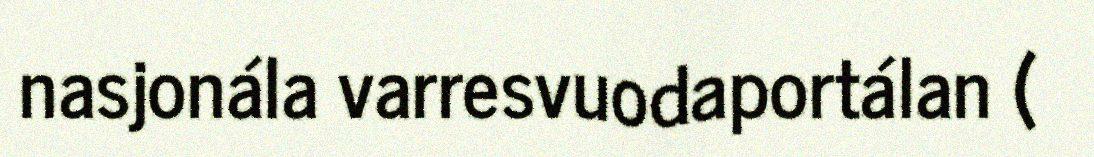
nasjonála varresvuodaportálan (